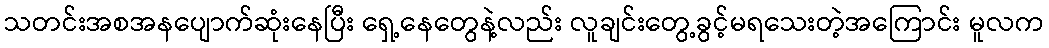
သတင်းအစအနပျောက်ဆုံးနေပြီး ရှေ့နေတွေနဲ့လည်း လူချင်းတွေ့ခွင့်မရသေးတဲ့အကြောင်း မူလက